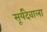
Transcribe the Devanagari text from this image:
सूर्यदेवाला